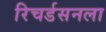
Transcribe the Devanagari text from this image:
रिचर्डसनला